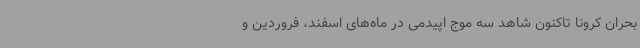
بحران کرونا تاکنون شاهد سه موج اپیدمی در ماه‌های اسفند، فروردین و